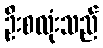
ဦးစလုံးသည်